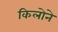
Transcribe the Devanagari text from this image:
किलोने